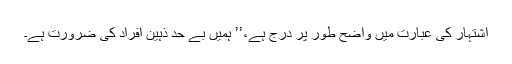
اشتہار کی عبارت میں واضح طور پر درج ہے،’’ ہمیں بے حد ذہین افراد کی ضرورت ہے۔